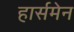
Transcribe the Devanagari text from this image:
हार्समेन